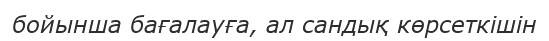
бойынша бағалауға, ал сандық көрсеткішін